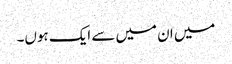
میں ان میں سے ایک ہوں۔